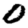
Digit: 0